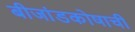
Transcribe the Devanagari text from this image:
बीजांडकोषाची